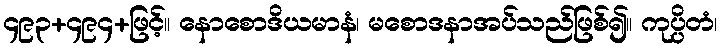
၄၉၃+၄၉၄+ဖြင့်။ နောစောဒိယမာနံ၊ မစောဒနာအပ်သည်ဖြစ်၍။ ကုပ္ပိတံ၊